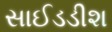
સાઈડડીશ